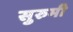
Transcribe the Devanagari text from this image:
सुरुमी